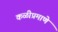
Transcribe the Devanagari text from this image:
कळीप्रमाणे